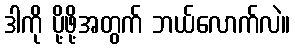
ဒါကို ပို့ဖို့အတွက် ဘယ်လောက်လဲ။